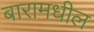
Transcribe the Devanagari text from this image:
बारामधील